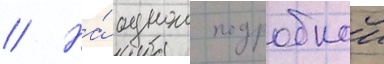
// На́ однои подробнои